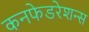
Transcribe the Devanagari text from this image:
कनफेडरेशन्स